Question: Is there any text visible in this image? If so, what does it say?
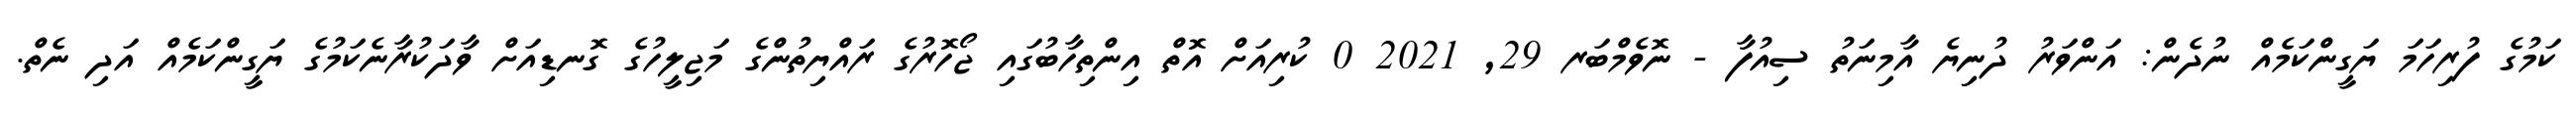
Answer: ކަމުގެ ފުރިހަމަ ޔަގީންކަމެއް ނުދެން: އަންވަރު ދުނިޔެ އާމިނަތު ސިއުފާ - ނޮވެމްބަރ 29, 2021 0 ކުރިއަށް އޮތް އިންތިހާބުގައި ޖޯހޮރުގެ ރައްޔިތުންގެ މަޖިލީހުގެ ގޮނޑިއަށް ވާދަކުރާނެކަމުގެ ޔަގީންކަމެއް އަދި ނެތް.